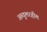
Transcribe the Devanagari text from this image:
अब्दुलरहीम